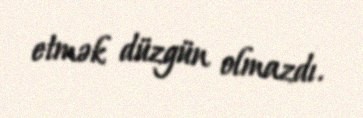
etmək düzgün olmazdı.